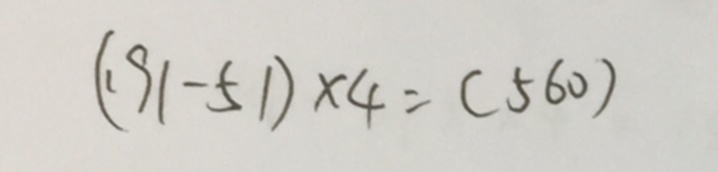
( 1 9 1 - 5 1 ) \times 4 = ( 5 6 0 )